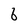
Character: 6